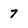
Character: 7